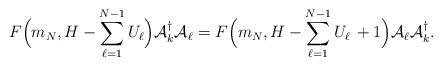
\begin{align*}F\Big(m_N, H - \sum\limits_{\ell=1}^{N-1}{U}_\ell\Big) {\cal A}_k^\dagger{\cal A}_\ell =F\Big(m_N, H - \sum\limits_{\ell=1}^{N-1}{U}_\ell\, +1\Big){\cal A}_\ell {\cal A}_k^\dagger.\end{align*}